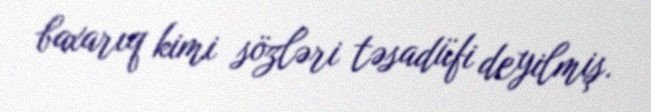
baxarıq kimi sözləri təsadüfi deyilmiş.